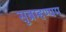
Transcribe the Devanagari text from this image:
सुब्रम्हण्यम